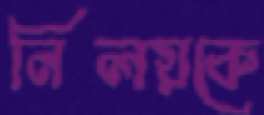
নিলয়কে